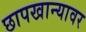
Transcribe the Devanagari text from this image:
छापखान्यावर